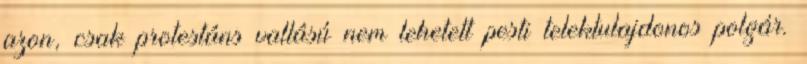
azon, csak protestáns vallású nem lehetett pesti telektulajdonos polgár.